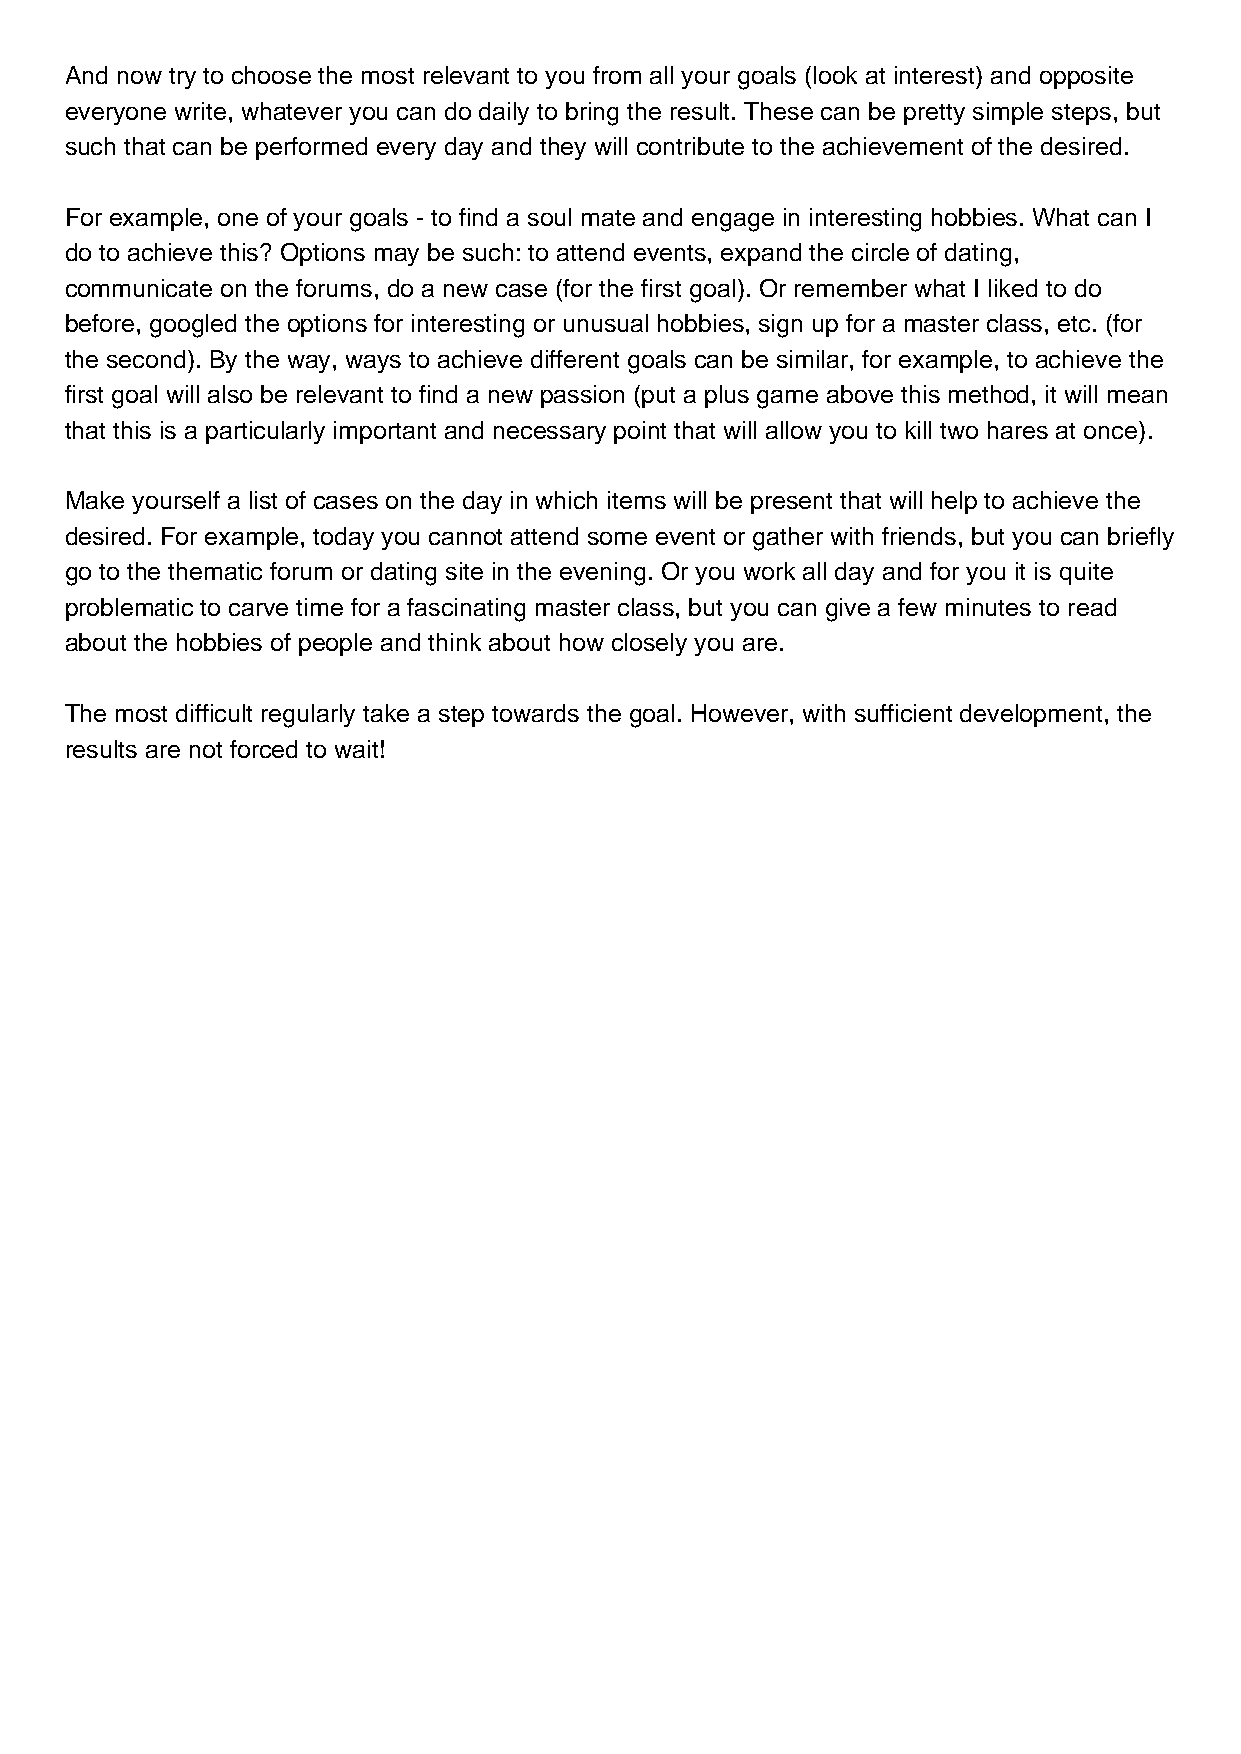
And now try to choose the most relevant to you from all your goals (look at interest) and opposite
 everyone write, whatever you can do daily to bring the result. These can be pretty simple steps, but
 such that can be performed every day and they will contribute to the achievement of the desired.
 For example, one of your goals - to find a soul mate and engage in interesting hobbies. What can I
 do to achieve this? Options may be such: to attend events, expand the circle of dating,
 communicate on the forums, do a new case (for the first goal). Or remember what I liked to do
 before, googled the options for interesting or unusual hobbies, sign up for a master class, etc. (for
 the second). By the way, ways to achieve different goals can be similar, for example, to achieve the
 first goal will also be relevant to find a new passion (put a plus game above this method, it will mean
 that this is a particularly important and necessary point that will allow you to kill two hares at once).
 Make yourself a list of cases on the day in which items will be present that will help to achieve the
 desired. For example, today you cannot attend some event or gather with friends, but you can briefly
 go to the thematic forum or dating site in the evening. Or you work all day and for you it is quite
 problematic to carve time for a fascinating master class, but you can give a few minutes to read
 about the hobbies of people and think about how closely you are.
 The most difficult regularly take a step towards the goal. However, with sufficient development, the
 results are not forced to wait!